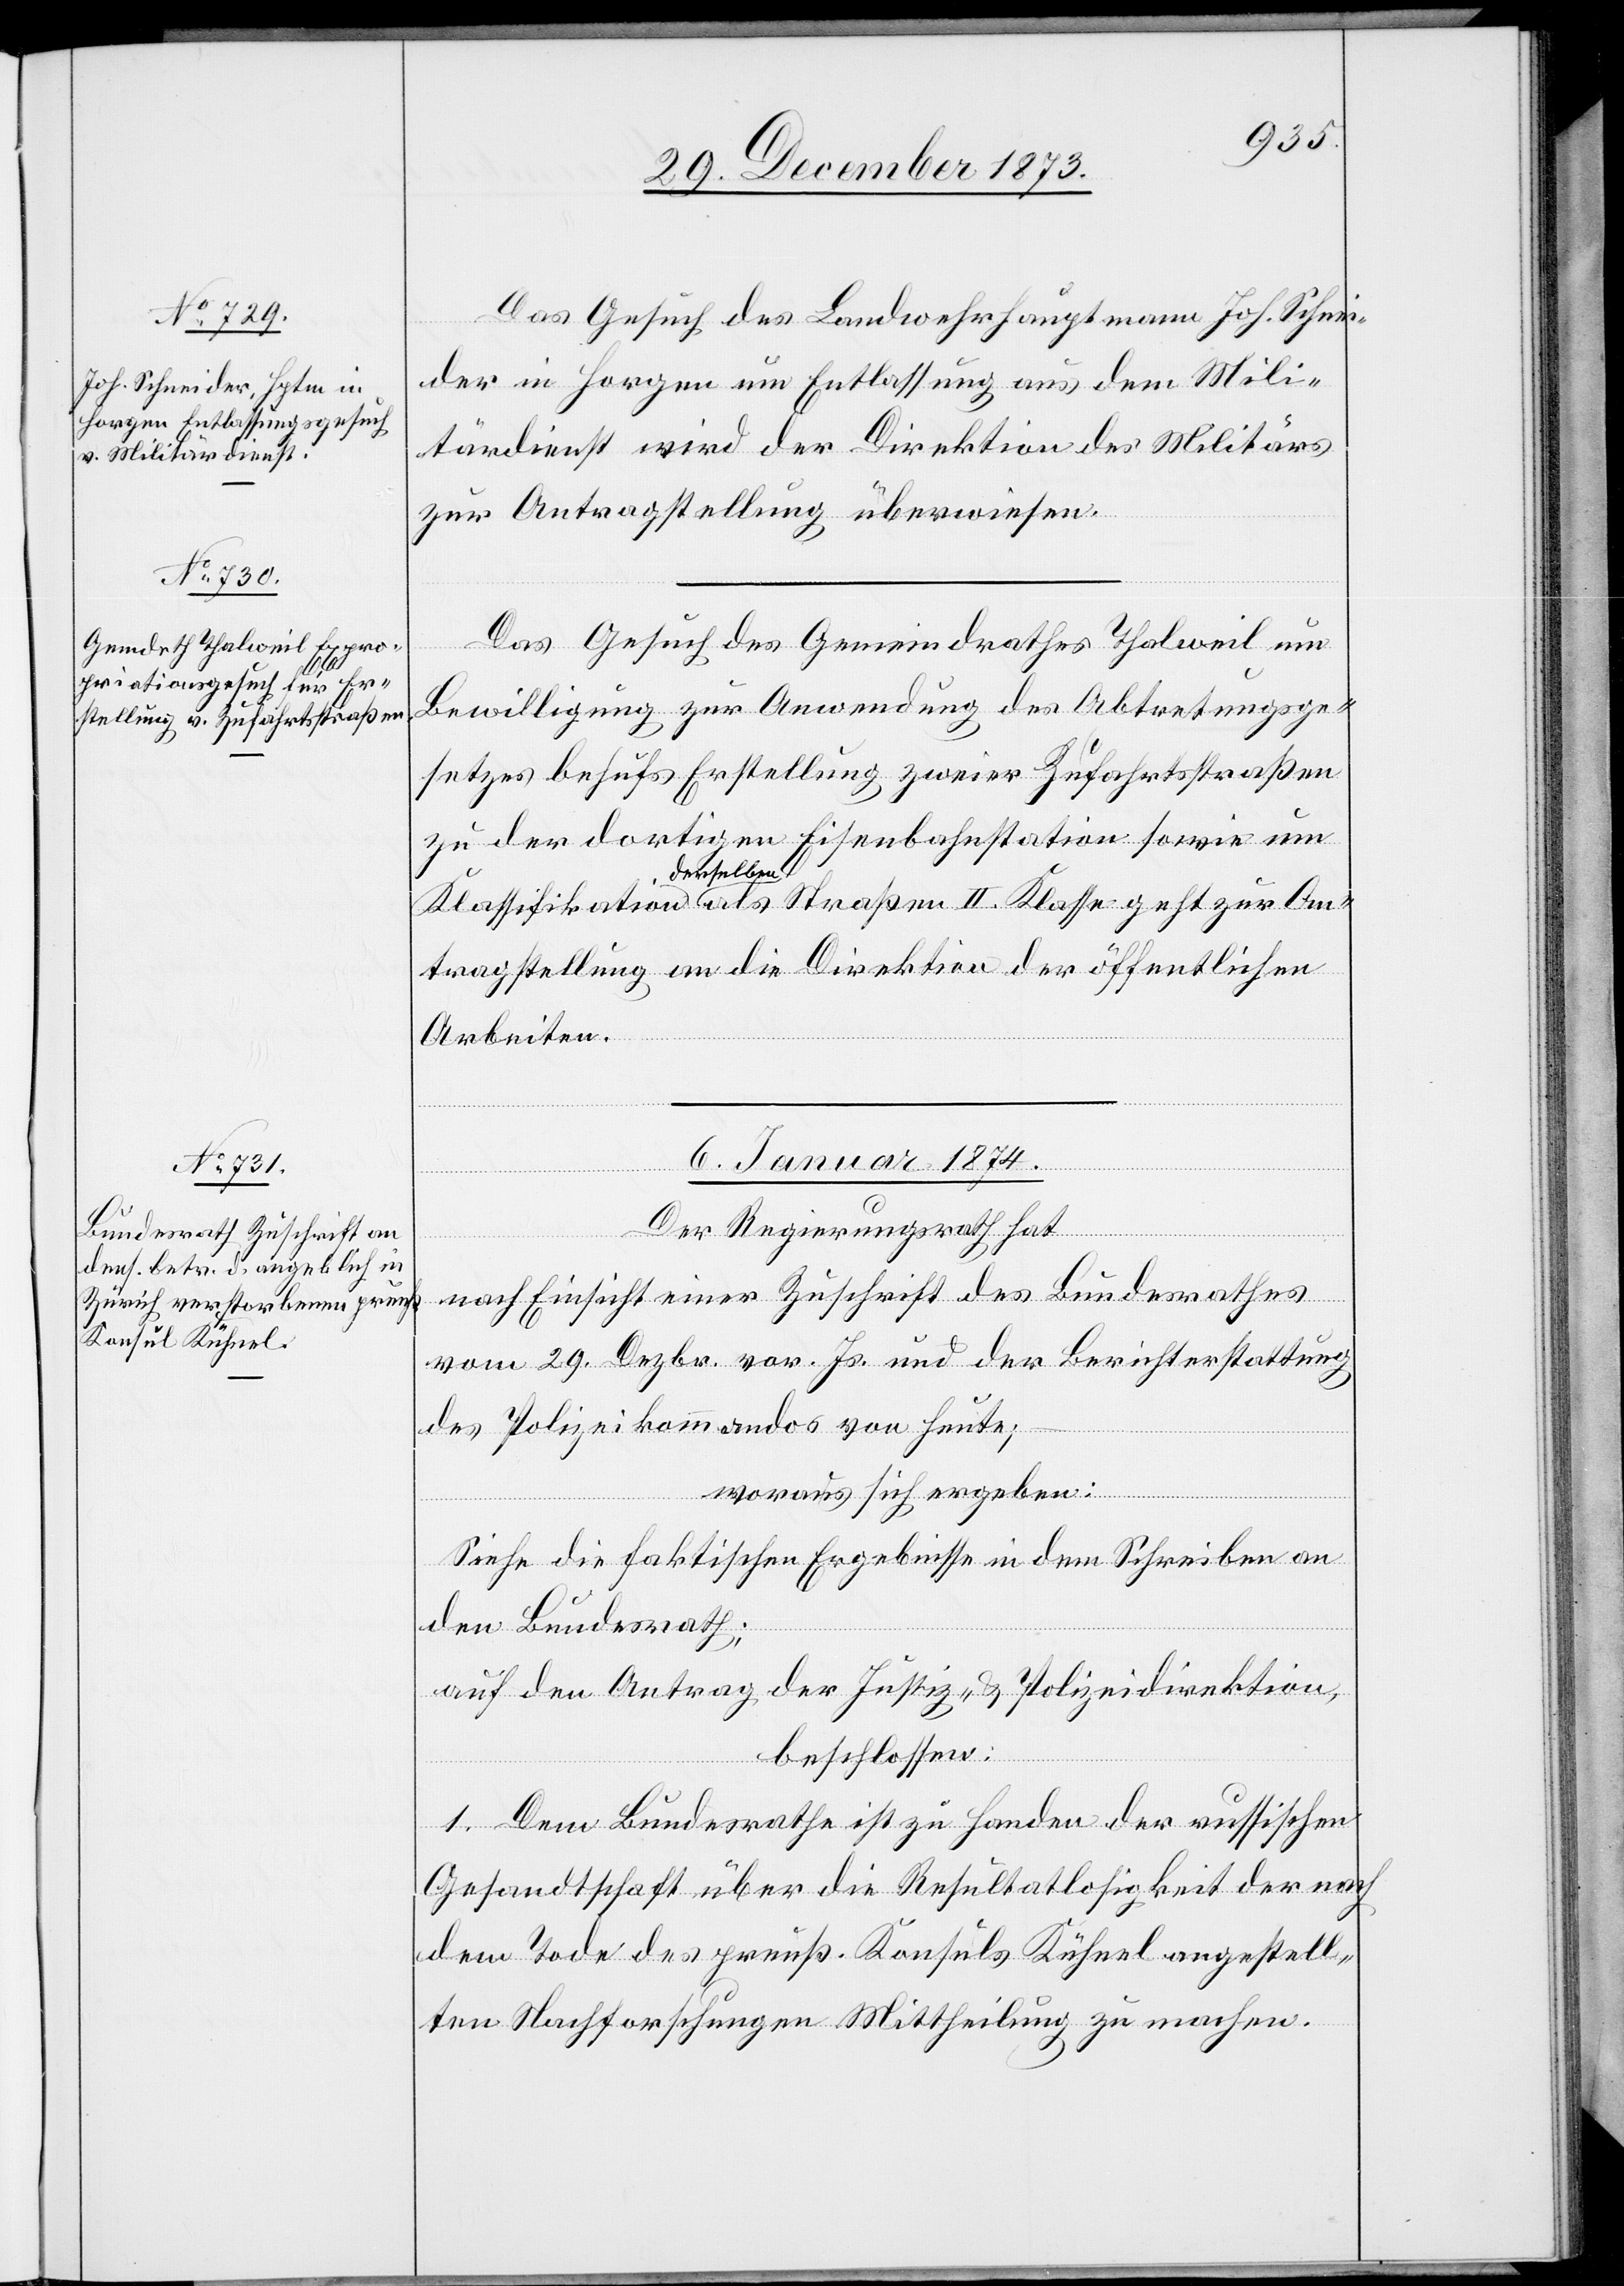
Das Gesuch des Landwehrhauptmann Joh. Schnei¬
der in Horgen um Entlassung aus dem Mili¬
tärdienst wird der Direktion des Militärs
zur Antragstellung überwiesen.
Das Gesuch des Gemeindrathes Thalweil um
Bewilligung zur Anwendung des Abtretungsge¬
setzes behufs Erstellung zweier Zufahrtsstraßen
zu der dortigen Eisenbahnstation sowie um
Klassifikation derselben als Straßen II. Klasse geht zur An¬
tragstellung an die Direktion der öffentlichen
Arbeiten.
6. Januar 1874.
l-Verfügungen]
Der Regierungsrath hat
nach Einsicht einer Zuschrift des Bundesrathes
vom 29. Dezbr. vor. Js. und der Berichterstattung
des Polizeikommandos von heute;
woraus sich ergeben:
Siehe die faktischen Ergebnisse in dem Schreiben an
den Bundesrath;
auf den Antrag der Justiz- & Polizeidirektion,
beschlossen:
1. Dem Bundesrathe ist zu Handen der russischen
Gesandtschaft über die Resultatlosigkeit der nach
dem Tode des preuß. Konsuls Kühnel angestell¬
ten Nachforschungen Mittheilung zu machen.